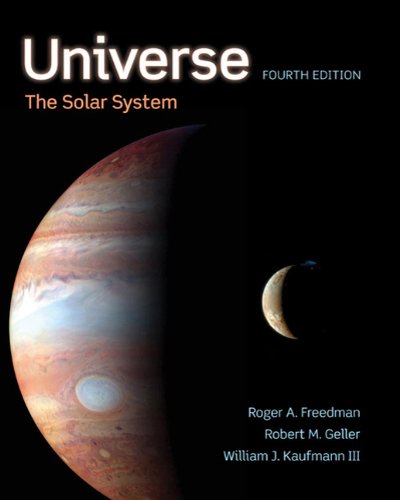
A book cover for Universe: The Solar System; Roger Freedman; Science & Math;